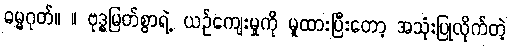
ဓမ္မဂုတ်။ ။ ဗုဒ္ဓမြတ်စွာရဲ့ ယဉ်ကျေးမှုကို မူထားပြီးတော့ အသုံးပြုလိုက်တဲ့